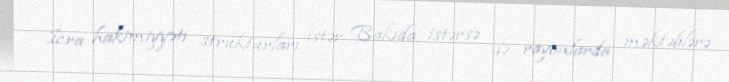
İcra hakimiyyəti strukturları istər Bakıda, istərsə də rayonlarda məktəblərə